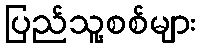
ပြည်သူ့စစ်များ